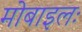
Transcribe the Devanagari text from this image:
मोबाइलः